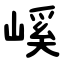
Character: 嵠